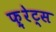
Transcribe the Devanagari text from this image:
फ़्रेट्स